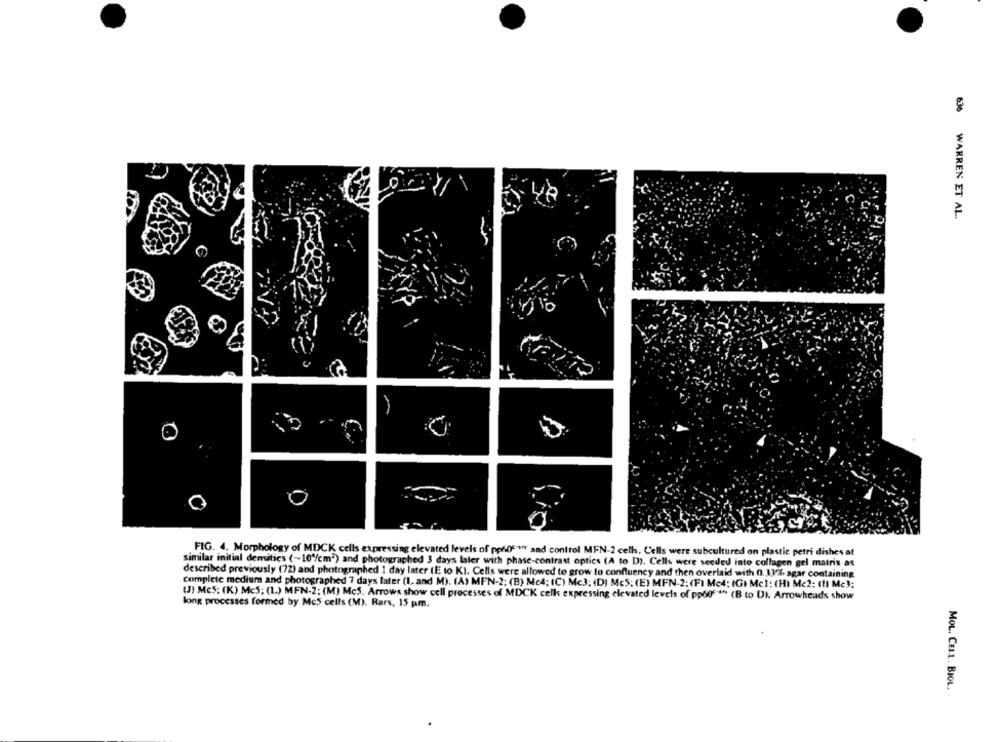
636 WARREN ET AL.
FIG. 4. Morphology of MDCK cells expressing elevated levels of pps06 or and control MFN-2 cells. Cells were subcultured on plastic petri dishes at
similar initial demsitics (~10'/cm2) and photographed 3 days later with phase-contrast optics (A to D). Cells were seeded into collagen gel matrix as
described previously (72) and photographed 1 day later (E to KI. Cells were allowed to grow to confluency and then overlaid with 0. 33% agar containing
complete medium and photographed 7 days later (1, and M). (A) MFN-2; (B) Mc4; (C) Mc3; (D) Mc5; (E) MEN-2: (FI Mc4: (G) Mcl: (H) Mc2: (!) Mc3:
(J) Mc5: (K) MeS; (L) MFN-2; (M) Mc5. Arrows show cell processes of MDCK celk expressing elevated levels of pp60"""" (B to DI. Arrowheads show
long processes formed by Mc5 cells (M). Rars, 15 pm.
MOL. CELL. BIOL.